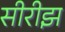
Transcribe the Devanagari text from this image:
सीरीझ